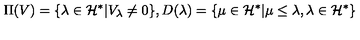
\Pi ( V ) = \{ \lambda \in { \cal H } ^ { * } | V _ { \lambda } \neq 0 \} , D ( \lambda ) = \{ \mu \in { \cal H } ^ { * } | \mu \leq \lambda , \lambda \in { \cal H } ^ { * } \} \nonumber